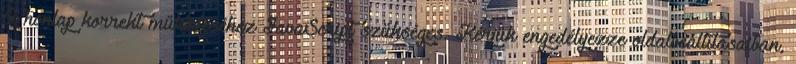
A honlap korrekt működéséhez JavaScript szükséges. Kérjük engedélyezze oldalbeállításaiban,